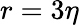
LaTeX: r=3\eta